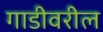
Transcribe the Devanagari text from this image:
गाडीवरील